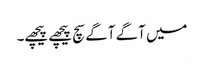
میں آگے آگے سچ پیچھے پیچھے۔